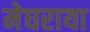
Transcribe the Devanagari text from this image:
मेघराया